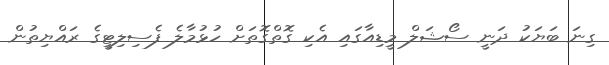
ގިނަ ބަޔަކު ދަނީ ސޯޝަލް މީޑިއާގައި އެކި ގޮތްގޮތަށް ހުޅުމާލެ ފެސިލިޓީގެ ރައްޔިތުން